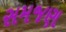
સમજણ